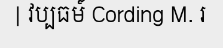
| វប្បធម៍ Cording M. រ